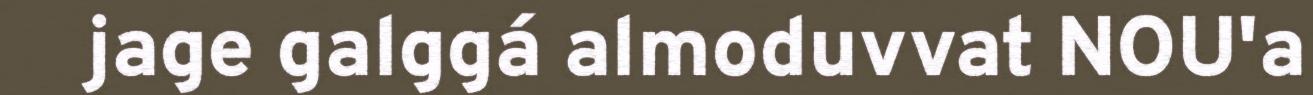
jage galggá almoduvvat NOU'a